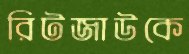
রিটজাউকে